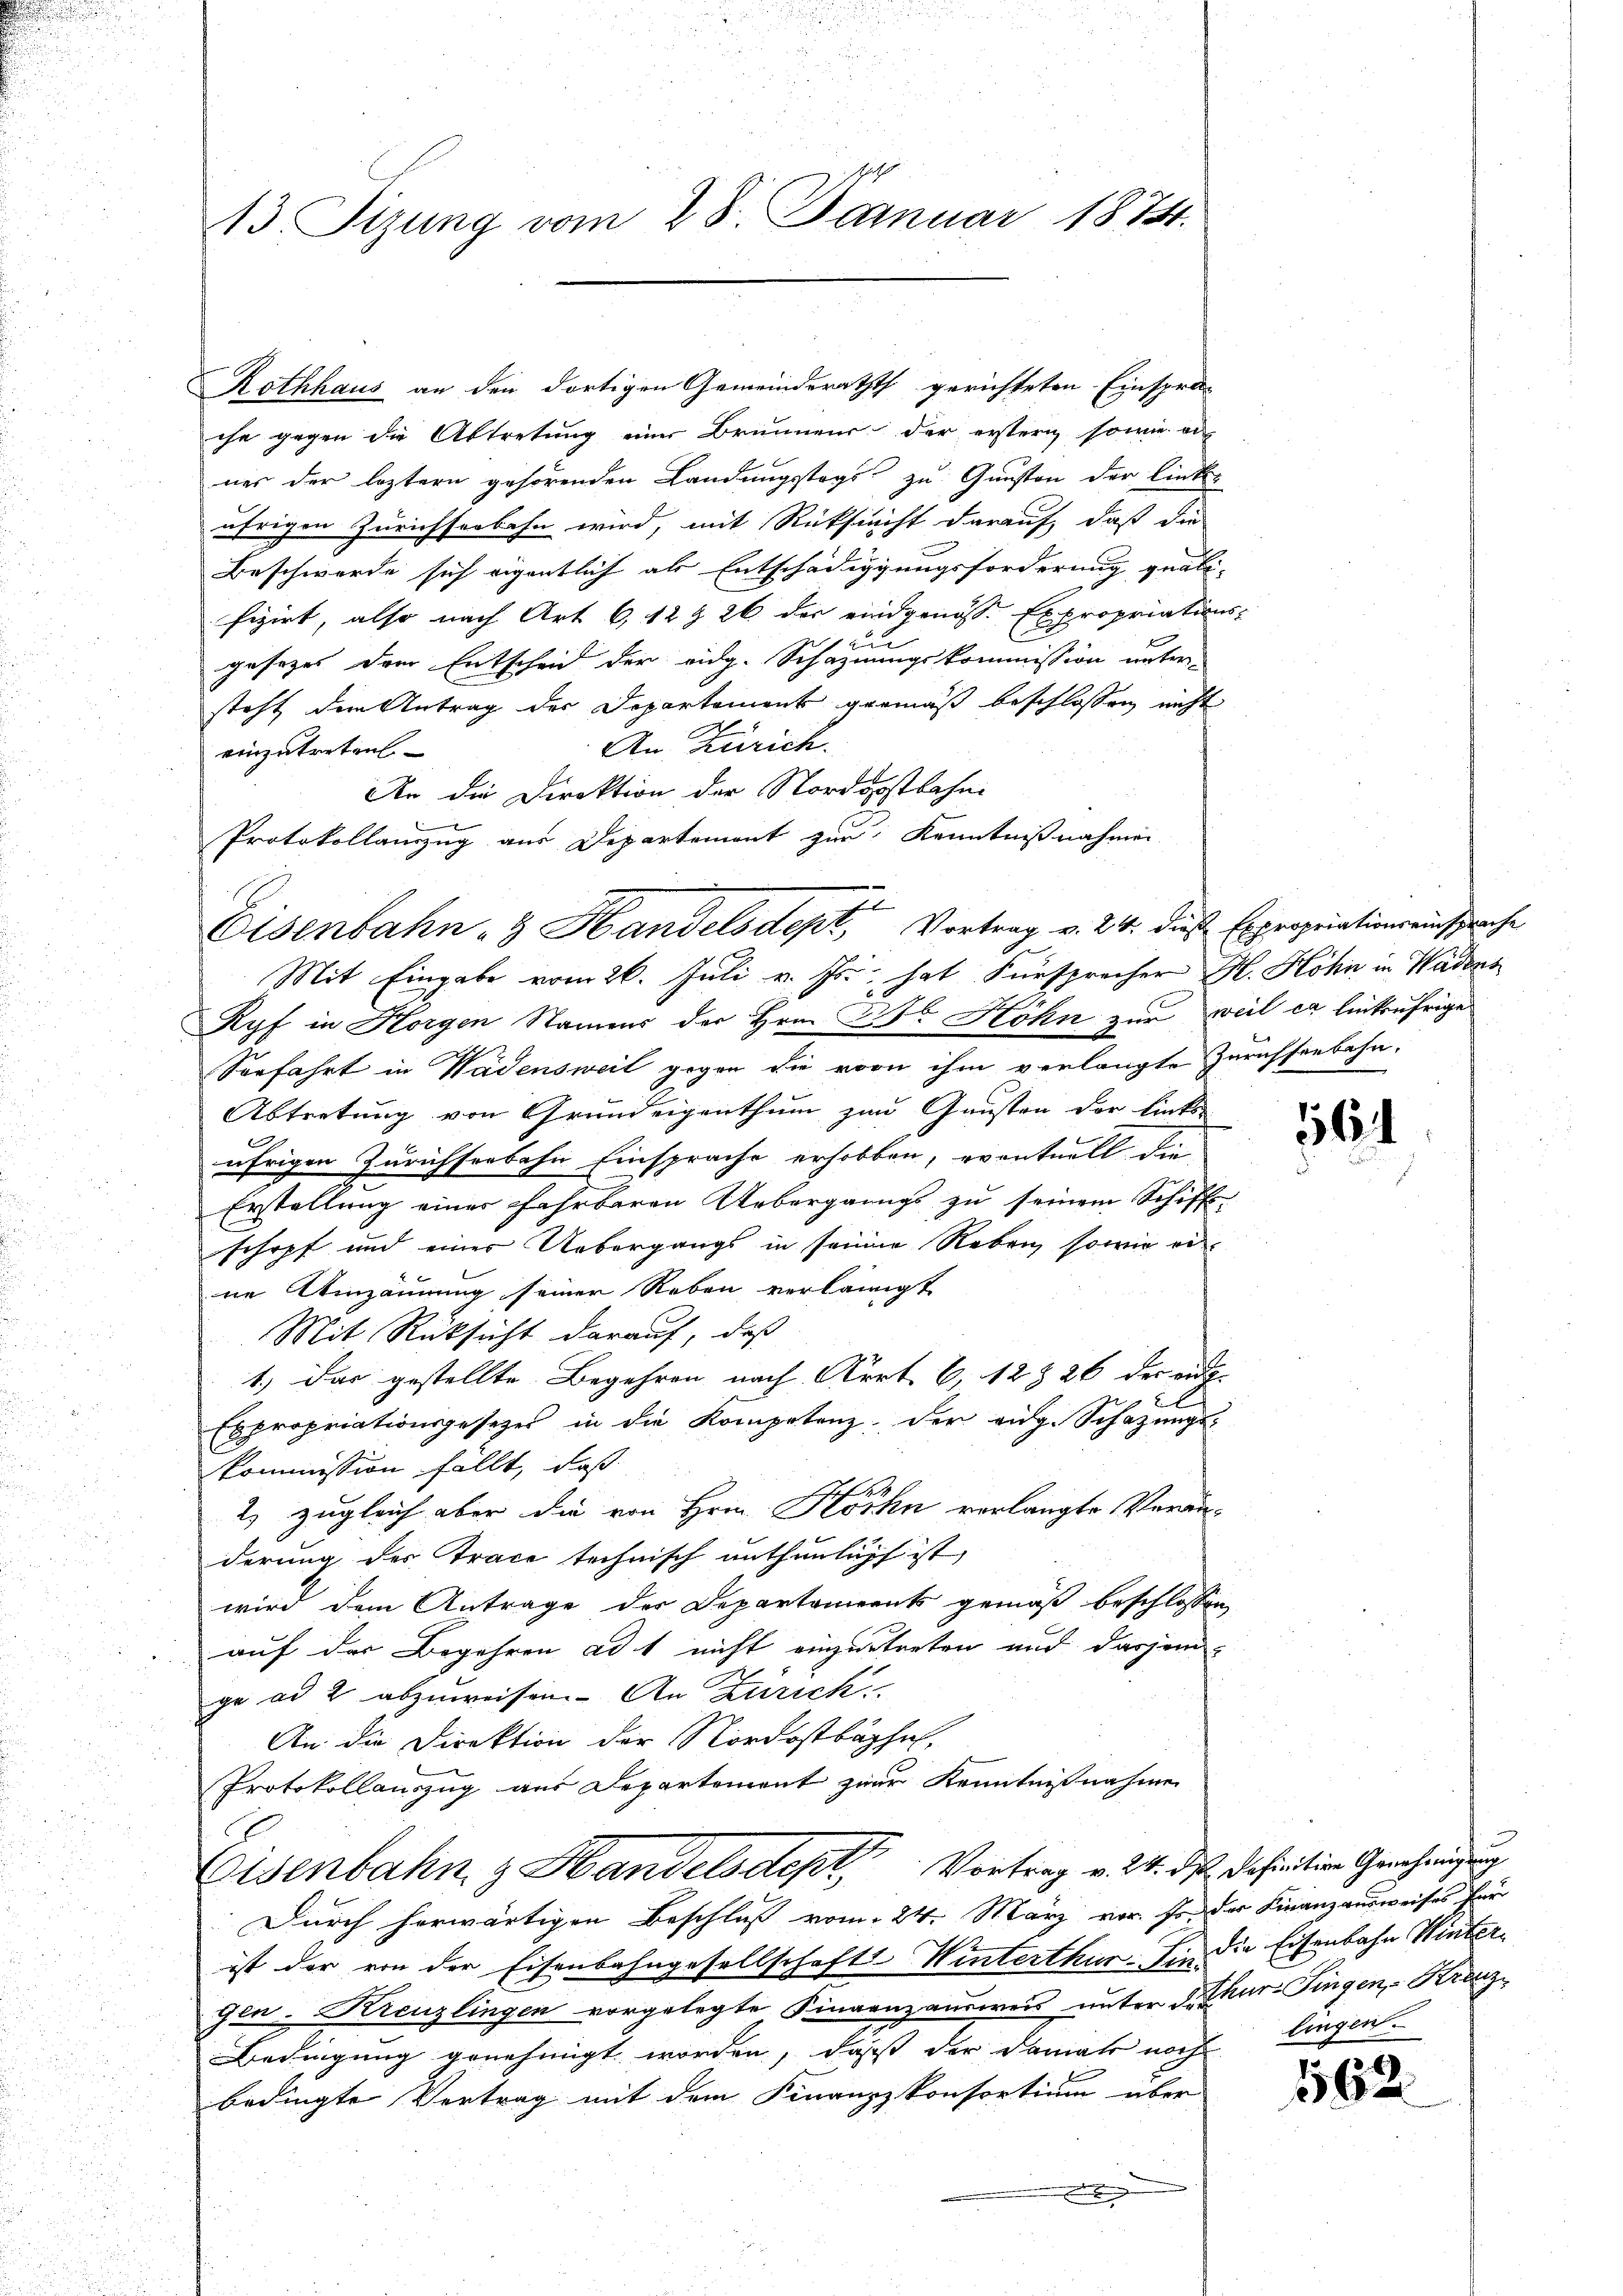
d
1

213. Sizung vom 28. Januar 1874.

Rothhaus an den dortigen Gemeinderathth gerichteten Einspra-
che gegen die Abtretung einer Brunnens der erstern sowie an
nes der leztern gehörenden Landungstags zu Gunsten der linke
ührigen Zürichserbahn wird, mit Rücksicht darauf, daß die
Beschwerde sich eigentlich als Entschädigungsforderung quali-
fizirt, also nach Art. 6, 12 & 26 der eidgenösse Expropriations-
 E
gesezes dem Entscheid der eidg. Schazungskommission unter
steht dem Antrag der Departement gemäß beschlossen nicht
An Zürich.
einzutreten
An die Direktion der Nordostbahn
Protokollanzug aus Departement zur Kenntnißnahmen
Mit Eingabe vom 26. Juli v. Js. hat Fürsprecher H. Höhn in Wädens
Ryf in Horgen Namens der Hrn. F. Höhn zur weil er linkufrige
Seefahrt in Wädensweil gegen die von ihm verlangte Zurichsenbahn.
Abtretung von Grundeigenthum zu Gunsten der links-

ährigen Zürichserbahn Einsprache erhobben, eventuell die
Erstellung einer Fahrbaren Uebergangs zu seinem Schiffs-
schopf und einer Uebergangs in seiner Reben, sowie ei
ne Einzäunung seiner Reben verlangt
Mit Rücksicht darauf, daß
1.) Das gestellte Begehren nach Art. 6, 12 § 26 des eid.
.
Expropriationsgesetzes in die Kompetenz der eige Schazungs-
kommission fällt, daß
2) zugleich aber die von Hrn. Klöchn verlangte Veränderung des Trace technisch enthunlipf ist,
wird dem Antrage der Departaments gemäß beschlossen,
auf der Begehren ad 1 nicht einzutreten und dasjen
ge ad 2 abzuweisen. An Zürich
An die Direktion der Nordostbuchel,
Protokollauszug aus Departement zur Kenntnißnahmen
Eisenbahn, z. Handelsdept Vortrag v. 24. ds. Definition Genehmigung
Durch herwärtigen Beschluß vom 24. März vor. Er der Finanzausweises für
ist der von der Eisenbahngesellschaft Winterthur fin die Eisenbahn Wintergen-Kreuzlingen vorgelegte Finanzausweis unter Dothar. Fingen, - Kreuz
Bedingung genehmigt worden, dass der damals noch
bedingte Vertrag mit dem Finanzzkonsortium über

Eisenbahn- & Handelsdept, Vortrag v. 24. diese Expropriationseinsprache

564

lingen.

1562.